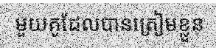
មួយគូដែលបានត្រៀមខ្លួន